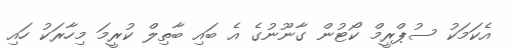
އެކަމަކު ސުޕްރީމް ކޯޓުން ގާނޫނުގެ އެ ބައި ބާތިލް ކުރީމަ މިހާރަކު ހައި